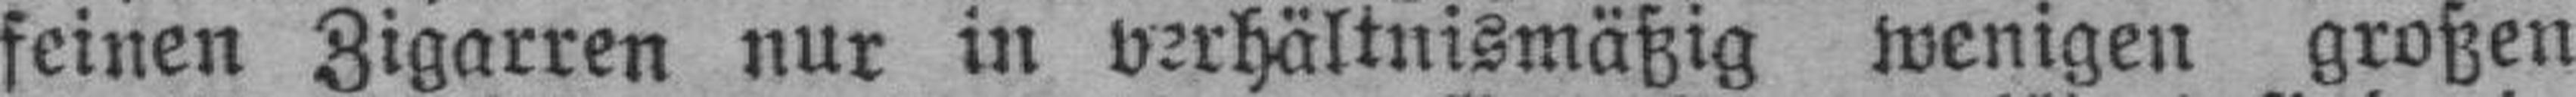
feinen Zigarren nur in verhältnismäßig wenigen großen